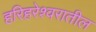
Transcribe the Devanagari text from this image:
हरिहरेश्वरातील